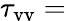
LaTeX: \tau_{\mathrm{vv}}=